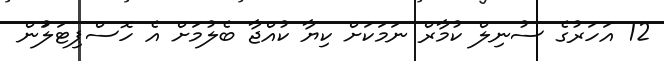
12 އަހަރުގެ ސުނިލް ކުމާރް ނަމަކަށް ކިޔާ ކުއްޖާ ބެލުމަށް އެ ހޮސްޕިޓަލަުން